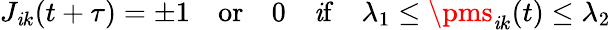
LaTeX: J_{\mathit{i}k}(t+\tau)=\pm1\quad\mathrm{{or}}\quad0\quad\mathrm{{\mathit{i}f}}\quad\lambda_{1}\leq\pms_{\mathit{i}k}(t)\leq\lambda_{2}